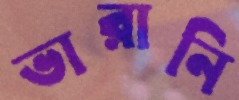
ভারানি